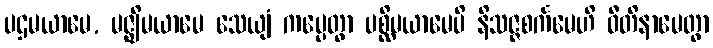
ပဌမယာမေ, မဇ္ဈိမယာမေ သေယျံ ကပ္ပေတွာ ပစ္ဆိမယာမေပိ နိသဇ္ဇစင်္ကမေဟိ ဝီတိနာမေတွာ